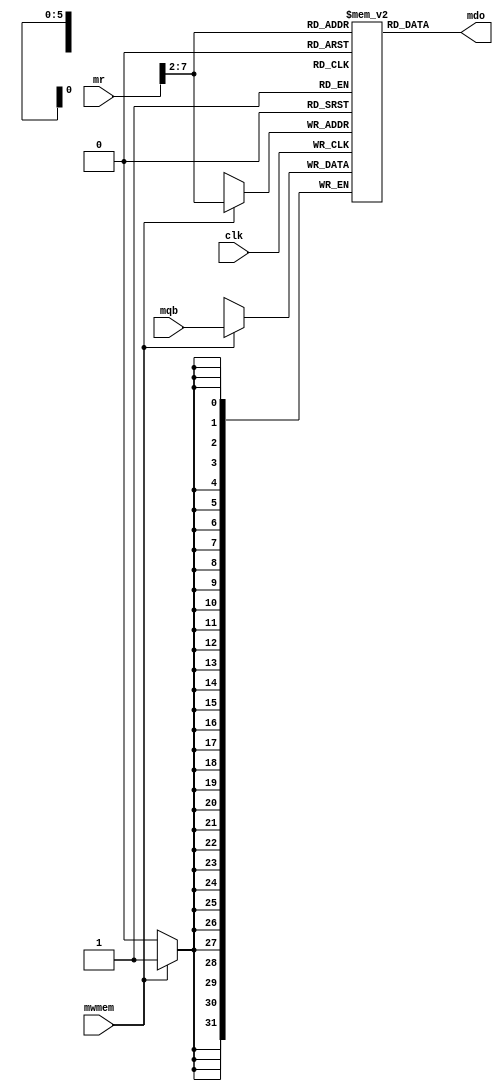
`timescale 1ns / 1ps

module DataMemory(
input [31:0]mr,
input [31:0]mqb,
input mwmem,
input clk,

output reg [31:0]mdo);
reg [31:0] memory[0:63];

 initial begin
memory[0] = 32'hA00000AA;
memory[1] = 32'h10000011;
memory[2] = 32'h20000022;
memory[3] = 32'h30000033;
memory[4] = 32'h40000044;
memory[5] = 32'h50000055;
memory[6] = 32'h60000066;
memory[7] = 32'h70000077;
memory[8] = 32'h80000088;
memory[9] = 32'h90000099;
       /* 
memory[10] = 32'd0;
memory[11] = 32'd0;
memory[12] = 32'd0;
memory[13] = 32'd0;
memory[14] = 32'd0;
memory[15] = 32'd0;
memory[16] = 32'd0;
memory[17] = 32'd0;
memory[18] = 32'd0;
memory[19] = 32'd0;
memory[20] = 32'd0;
memory[21] = 32'd0;
memory[22] = 32'd0;
memory[23] = 32'd0;
memory[24] = 32'd0;

memory[27] = 32'd0;
memory[28] = 32'd0;
memory[29] = 32'd0;
memory[30] = 32'd0;
memory[31] = 32'd0;
memory[32] = 32'd0;
memory[33] = 32'd0;
memory[34] = 32'd0;
memory[35] = 32'd0;
memory[36] = 32'd0;
memory[37] = 32'd0;
memory[38] = 32'd0;
memory[39] = 32'd0;
memory[40] = 32'd0;
memory[41] = 32'd0;
memory[42] = 32'd0;
memory[43] = 32'd0;
memory[44] = 32'd0;
memory[45] = 32'd0;
memory[46] = 32'd0;
memory[47] = 32'd0;
memory[48] = 32'd0;
memory[49] = 32'd0;
memory[50] = 32'd0;
memory[51] = 32'd0;
memory[52] = 32'd0;
memory[53] = 32'd0;
memory[54] = 32'd0;
memory[55] = 32'd0;
memory[56] = 32'd0;
memory[57] = 32'd0;
memory[58] = 32'd0;
memory[59] = 32'd0;
memory[60] = 32'd0;
memory[61] = 32'd0;
memory[62] = 32'd0;
memory[63] = 32'd0;
       */
    end

always @(*)begin
        mdo <= memory[mr[7:2]]; 
    end
    
always @(negedge clk)begin
       if (mwmem)begin
                memory[mr[7:2]] <= mqb;
            end 
    end
endmodule